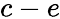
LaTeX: c-e